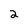
Character: 2